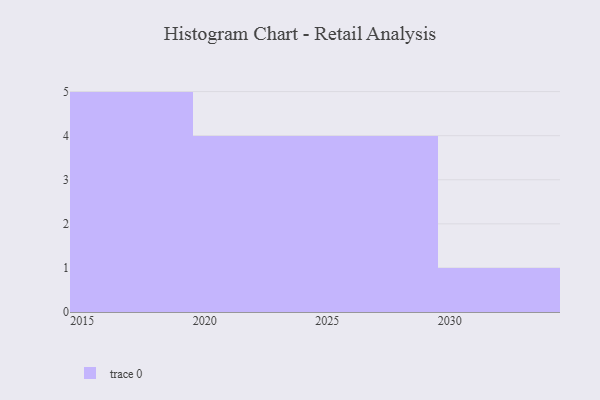
{"axis": {"x": "Year", "y": "Net Income (USD K)"}, "legend": [""], "data": [{"x": "2027", "y": 41, "type": ""}, {"x": "2016", "y": 81, "type": ""}, {"x": "2030", "y": 13, "type": ""}, {"x": "2023", "y": 66, "type": ""}, {"x": "2026", "y": 18, "type": ""}, {"x": "2021", "y": 98, "type": ""}, {"x": "2019", "y": 99, "type": ""}, {"x": "2024", "y": 58, "type": ""}, {"x": "2018", "y": 24, "type": ""}, {"x": "2028", "y": 27, "type": ""}, {"x": "2029", "y": 33, "type": ""}, {"x": "2017", "y": 67, "type": ""}, {"x": "2015", "y": 63, "type": ""}, {"x": "2020", "y": 87, "type": ""}]}